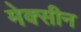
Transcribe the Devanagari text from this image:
मेक्सीन